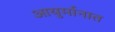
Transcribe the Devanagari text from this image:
आयुर्मानात